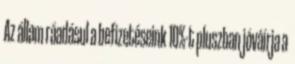
Az állam ráadásul a befizetéseink 10%-t pluszban jóváírja a